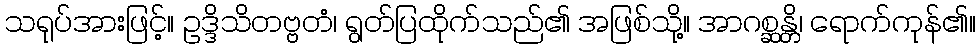
သရုပ်အားဖြင့်။ ဥဒ္ဒိသိတဗ္ဗတံ၊ ရွတ်ပြထိုက်သည်၏ အဖြစ်သို့။ အာဂစ္ဆန္တိ၊ ရောက်ကုန်၏။